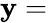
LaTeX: \mathbf{y}=